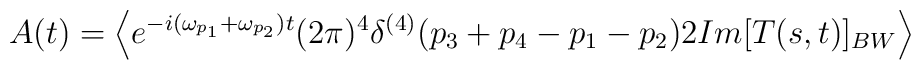
A(t)=\left\langle {e^{-i(\omega _{p_1}+\omega _{p_2})t}(2\pi)^4\delta ^{(4)}(p_3+p_4-p_1-p_2)2 Im [T(s,t)]_{BW}}\right\rangle